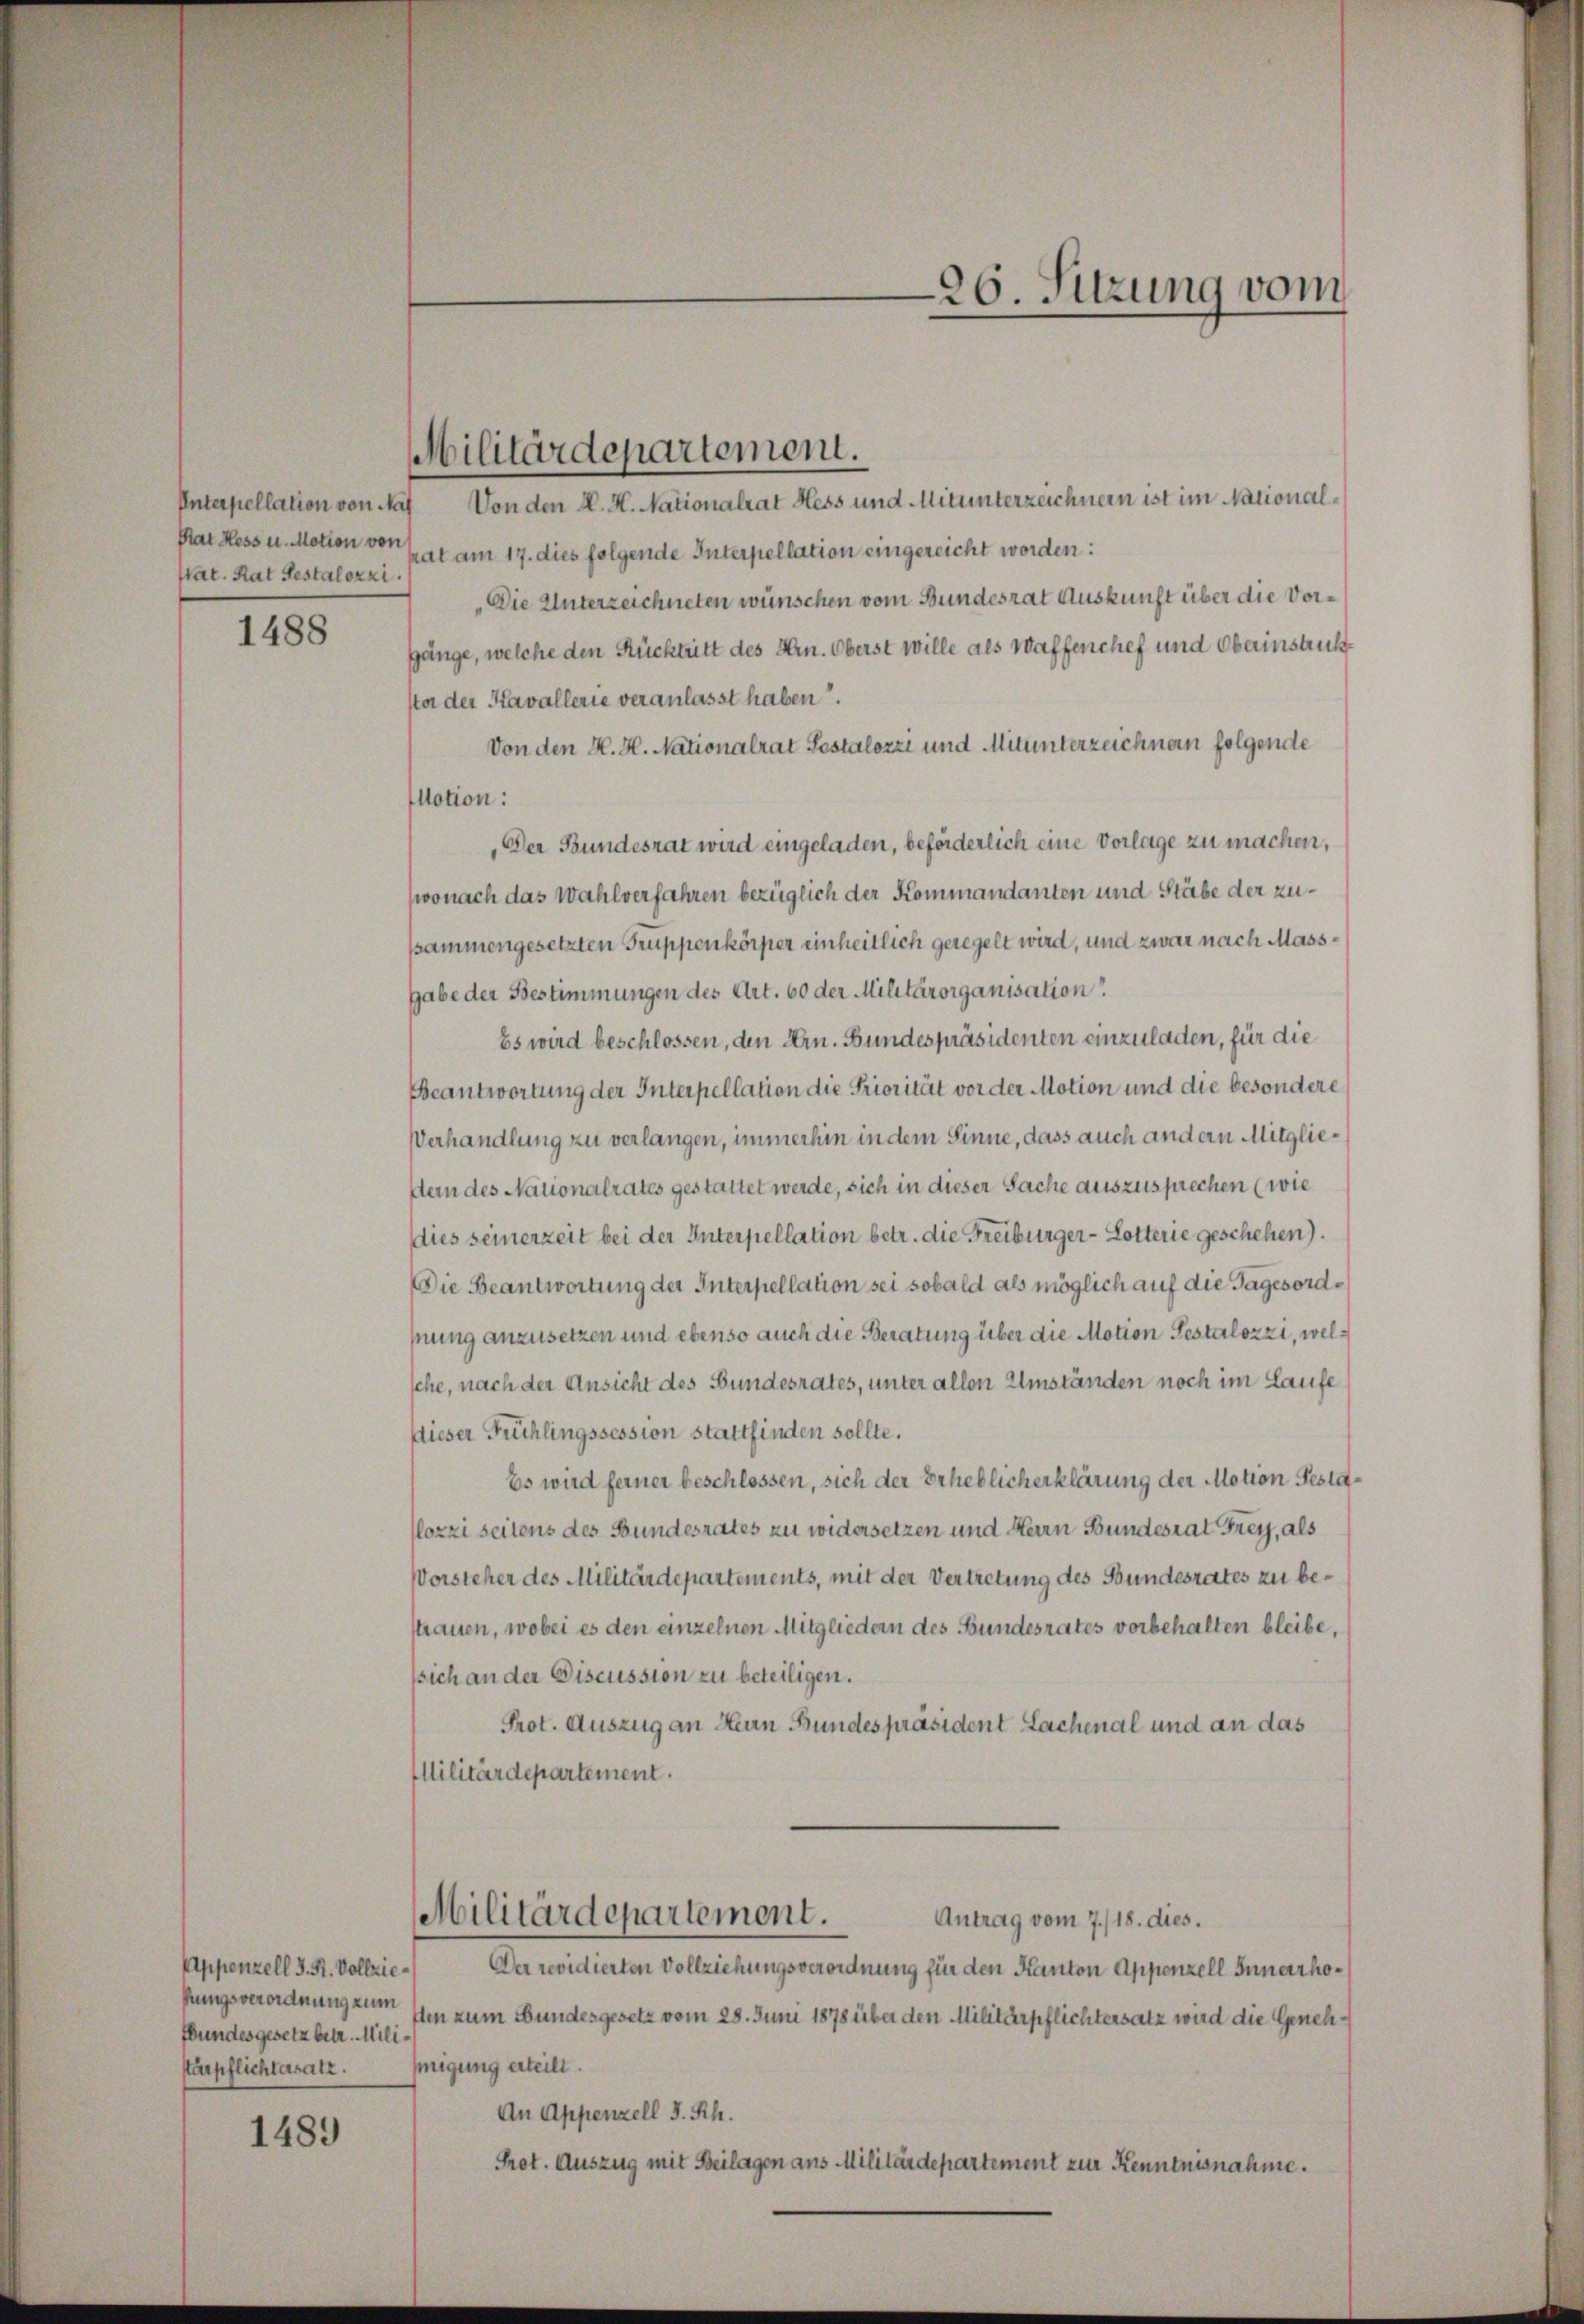
Rat Hess u. Motion von
Nat. Rat Festalozzi.

1488

Appenzell I. St. Vollziehungsverordnung zum
fbundesgesetz betr. Militärpflichtasatz.

1489

Interpellation von Nat Von den K. H. Nationalrat Hess und Mitunterzeichnern ist im Nationalrat am 17. dies folgende Interpellation eingereicht worden:
„Die Unterzeichneten wünschen vom Bundesrat Auskunft über die Vorgänge, welche den Rücktritt des Hrn. Oberst wille als Waffenchef und Oberinstruksta der Kavallerie veranlasst haben.
Von den K. H. Nationalrat Pestalozzi und Mitunterzeichnern folgende
Motion:
Der Bundesrat wird eingeladen, beförderlich eine Vorlage zu machen,
wonach das Wahlverfahren bezüglich der Kommandanten und Stäbe der zussammengesetzten Truppenkörper einheitlich geregelt wird, und zwar nach Mass¬
Habe der Bestimmungen des Art. 60 der Militärorganisation
Es wird beschlossen, den Hrn. Bundespräsidenten einzuladen, für die
Beantwortung der Interpellation die Priorität vor der Motion und die besondere
Verhandlung zu verlangen, immerhin in dem Sinne, dass auch andern Mitgliedern des Nationalrates gestattet werde, sich in dieser Sache auszusprechen (wie
dies seinerzeit bei der Interpellation betr. die Freiburger-Lotterie geschehen).
Die Beantwortung der Interpellation sei sobald als möglich auf die Tagesordfung anzusetzen und ebenso auch die Beratung über die Motion Testalozzi, welsche, nach der Ansicht des Bundesrates, unter allen Umständen noch im Laufe
dieser Frühlingssession stattfinden sollte.
Es wird ferner beschlossen, sich der Erheblicherklärung der Motion Testalozzi seitens des Bundesrates zu widersetzen und Herrn Bundesrat Frey, als
Vorsteher des Militärdepartements, mit der Vertretung des Bundesrates zu bestrauen, wobei es den einzelnen Mitgliedern des Bundesrates vorbehalten bleibe.
ssich an der Discussion zu beteiligen.
Prot. Auszug an Herrn Bundespräsident Lachenal und an das
Militärdepartement.
Militärdepartement.
Antrag vom 7./18. dies.
Der revidierten Vollziehungsverordnung für den Kanton Appenzell Innerrhoflen zum Bundesgesetz vom 28. Juni 1878 über den Militärpflichtersatz wird die Genehhmigung erteilt.
An Appenzell I.Rh.
Prot. Auszug mit Beilagen ans Militärdepartement zur Kenntnisnahme.

Militärdepartement.

26. Sitzung vom